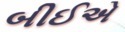
બીઈએ